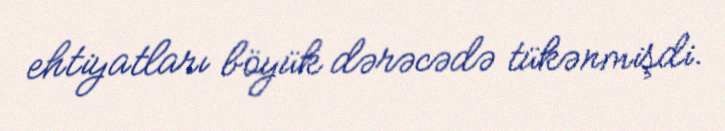
ehtiyatları böyük dərəcədə tükənmişdi.